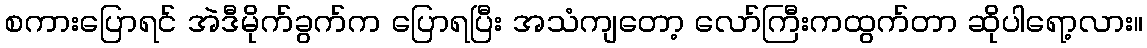
စကားပြောရင် အဲဒီမိုက်ခွက်က ပြောရပြီး အသံကျတော့ လော်ကြီးကထွက်တာ ဆိုပါရော့လား။